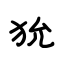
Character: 狁